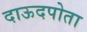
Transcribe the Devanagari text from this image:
दाऊदपोता